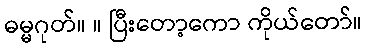
ဓမ္မဂုတ်။ ။ ပြီးတော့ကော ကိုယ်တော်။